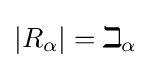
|R_{\alpha }|=\beth _{\alpha }